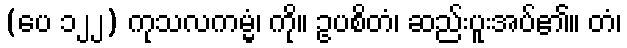
(ပေ ၁၂၂) ကုသလကမ္မံ၊ ကို။ ဥပစိတံ၊ ဆည်းပူးအပ်၏။ တံ၊